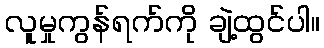
လူမှုကွန်ရက်ကို ချဲ့ထွင်ပါ။